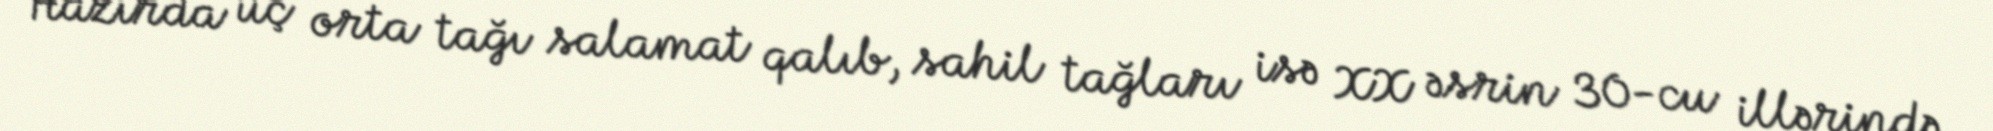
Hazırda üç orta tağı salamat qalıb, sahil tağları isə XX əsrin 30-cu illərində